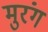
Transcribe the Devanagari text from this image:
मुरंग